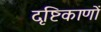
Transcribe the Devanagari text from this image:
दृष्टिकाणों